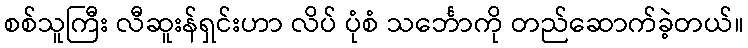
စစ်သူကြီး လီဆူးန်ရှင်းဟာ လိပ် ပုံစံ သင်္ဘောကို တည်ဆောက်ခဲ့တယ်။